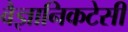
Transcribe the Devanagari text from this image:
वैज्ञानिकटेसी